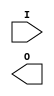
module IBUF(
    I, O
  );
  input  I;
  output O;
endmodule